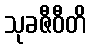
သုခဇီဝီတိ